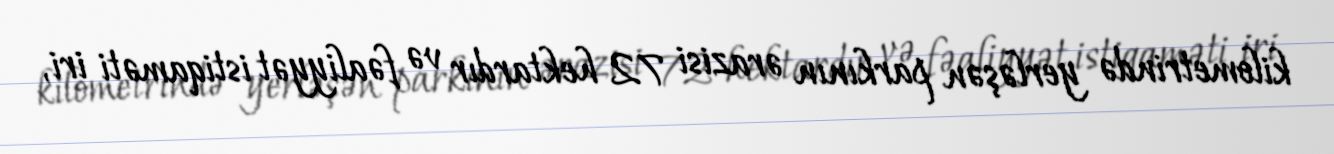
kilometrində yerləşən parkının ərazisi 72 hektardır və fəaliyyət istiqaməti iri,